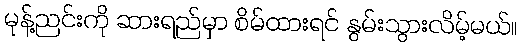
မုန့်ညင်းကို ဆားရည်မှာ စိမ်ထားရင် နွမ်းသွားလိမ့်မယ်။